Lunatic asylums Central Provinces reports 1895-1909 - 1895-1909
Year: 1895
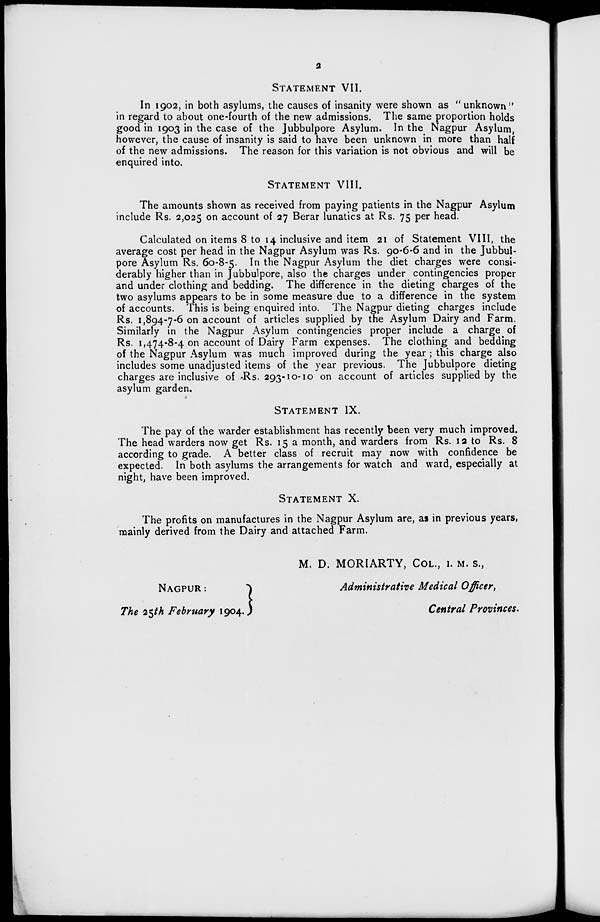
2
STATEMENT VII.
In 1902, in both asylums, the causes of insanity were shown as "unknown"
in regard to about one-fourth of the new admissions. The same proportion holds
good in 1903 in the case of the Jubbulpore Asylum. In the Nagpur Asylum,
however, the cause of insanity is said to have been unknown in more than half
of the new admissions. The reason for this variation is not obvious and will be
enquired into.
STATEMENT VIII.
The amounts shown as received from paying patients in the Nagpur Asylum
include Rs. 2,025 on account of 27 Berar lunatics at Rs. 75 per head.
Calculated on items 8 to 14 inclusive and item 21 of Statement VIII, the
average cost per head in the Nagpur Asylum was Rs. 90-6-6 and in the Jubbul-
pore Asylum Rs. 60-8-5. In the Nagpur Asylum the diet charges were consi-
derably higher than in Jubbulpore, also the charges under contingencies proper
and under clothing and bedding. The difference in the dieting charges of the
two asylums appears to be in some measure due to a difference in the system
of accounts. This is being enquired into. The Nagpur dieting charges include
Rs. 1,894-7-6 on account of articles supplied by the Asylum Dairy and Farm.
Similarly in the Nagpur Asylum contingencies proper include a charge of
Rs. 1,474-8-4 on account of Dairy Farm expenses. The clothing and bedding
of the Nagpur Asylum was much improved during the year; this charge also
includes some unadjusted items of the year previous. The Jubbulpore dieting
charges are inclusive of Rs. 293-10-10 on account of articles supplied by the
asylum garden.
STATEMENT IX.
The pay of the warder establishment has recently been very much improved.
The head warders now get Rs. 15 a month, and warders from Rs. 12 to Rs. 8
according to grade. A better class of recruit may now with confidence be
expected. In both asylums the arrangements for watch and ward, especially at
night, have been improved.
STATEMENT X.
The profits on manufactures in the Nagpur Asylum are, as in previous years,
mainly derived from the Dairy and attached Farm.
M. D. MORIARTY, COL., I. M. S.,
NAGPUR :
Administrative Medical Officer,
The 25th February 1904.
Central Provinces.